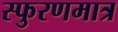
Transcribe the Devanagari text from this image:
स्फुरणमात्र